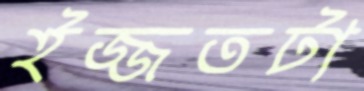
ইজ্জতটা